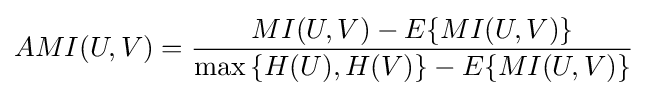
AMI(U,V)={\frac {MI(U,V)-E\{MI(U,V)\}}{\max {\{H(U),H(V)\}}-E\{MI(U,V)\}}}